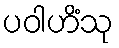
ပဝါဟိံသု